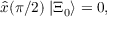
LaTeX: \hat { x } ( \pi / 2 ) \; | { \Xi } _ { 0 } \rangle = 0 ,